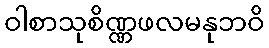
ဝါစာသုစိဏ္ဏဖလမနုဘဝိ